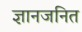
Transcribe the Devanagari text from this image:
ज्ञानजनित